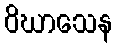
ဝိဃာသေန